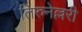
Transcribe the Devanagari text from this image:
तिरुनेल्लरी